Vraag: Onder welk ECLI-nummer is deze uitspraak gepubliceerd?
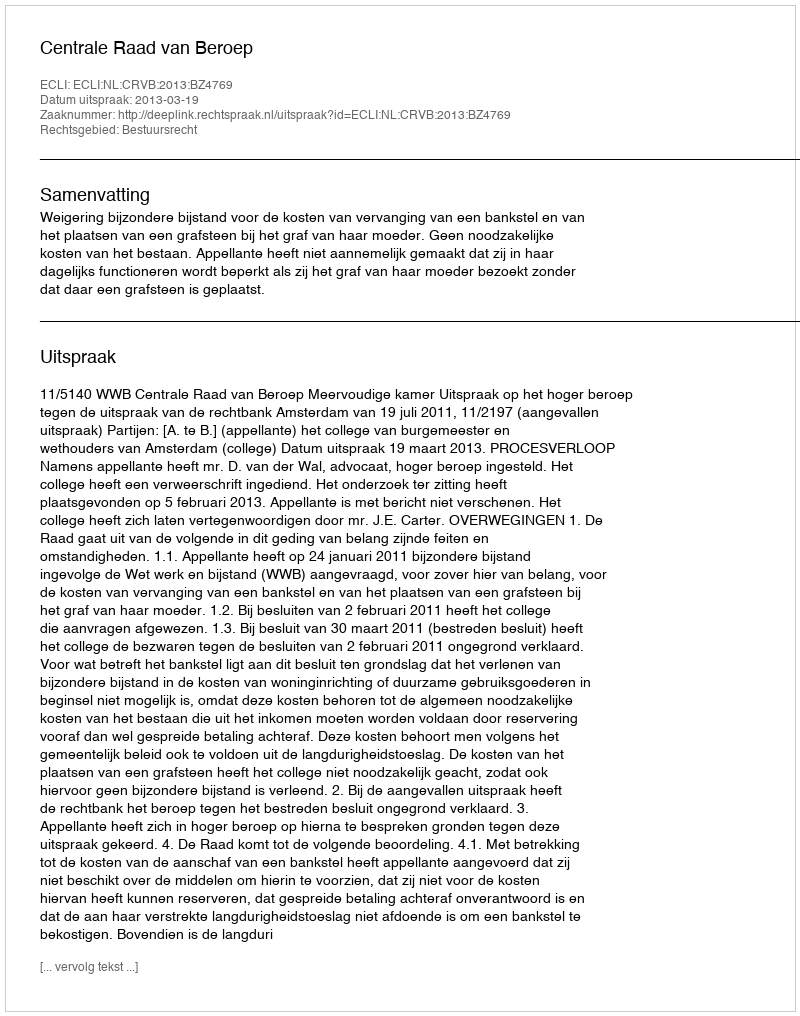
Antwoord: ECLI:NL:CRVB:2013:BZ4769